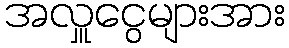
အလှူငွေများအား